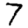
Digit: 7